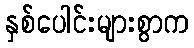
နှစ်ပေါင်းများစွာက